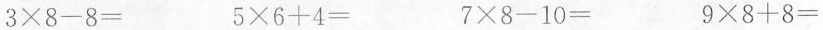
$$3\times 8-8=$$ $$5\times 6+4=$$ $$7\times 8-10=$$ $$9\times 8+8=$$